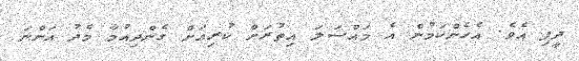
ދީފި އެވެ. އެހެންކަމުން އެ މައްސަލަ އިތުރަށް ކުރިއަށް ގެންދިއުމާ މެދު އަންނަ